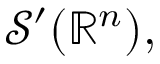
{ \mathcal { S } } ^ { \prime } ( \mathbb { R } ^ { n } ) ,